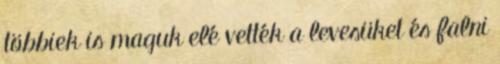
többiek is maguk elé vették a levesüket és falni